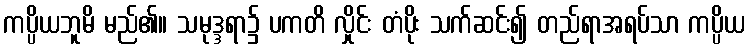
ကပ္ပိယဘူမိ မည်၏။ သမုဒ္ဒရာ၌ ပကတိ လှိုင်း တံပိုး သက်ဆင်း၍ တည်ရာအရပ်သာ ကပ္ပိယ